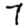
Digit: 7